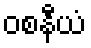
ဝစနီယံ